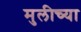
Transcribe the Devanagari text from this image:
मुलीच्‍या